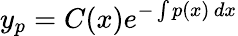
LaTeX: y_{p}=C(x)e^{-\int p(x)\, dx}